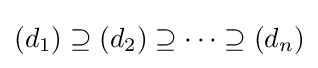
(d_{1})\supseteq (d_{2})\supseteq \cdots \supseteq (d_{n})